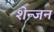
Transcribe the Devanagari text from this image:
शेन्जन